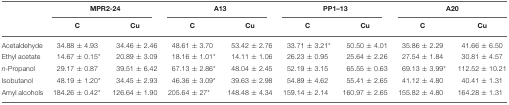
<table><thead><tr><td></td><td colspan="2"><b>MPR2-24</b></td><td colspan="2"><b>A13</b></td><td colspan="2"><b>PP1–13</b></td><td colspan="2"><b>A20</b></td></tr><tr><td></td><td><b>C</b></td><td><b>Cu</b></td><td><b>C</b></td><td><b>Cu</b></td><td><b>C</b></td><td><b>Cu</b></td><td><b>C</b></td><td><b>Cu</b></td></tr></thead><tbody><tr><td>Acetaldehyde</td><td>34.88 ± 4.93</td><td>34.46 ± 2.46</td><td>48.61 ± 3.70</td><td>53.42 ± 2.76</td><td>33.71 ± 3.21<sup>*</sup></td><td>50.50 ± 4.01</td><td>35.86 ± 2.29</td><td>41.66 ± 6.50</td></tr><tr><td>Ethyl acetate</td><td>14.67 ± 0.15<sup>*</sup></td><td>20.89 ± 3.09</td><td>18.16 ± 1.01<sup>*</sup></td><td>14.11 ± 1.06</td><td>26.23 ± 0.95</td><td>25.64 ± 2.26</td><td>27.54 ± 1.84</td><td>30.81 ± 4.57</td></tr><tr><td><i>n</i>-Propanol</td><td>29.17 ± 0.87</td><td>39.51 ± 6.42</td><td>67.13 ± 2.86<sup>*</sup></td><td>48.04 ± 2.45</td><td>52.19 ± 3.15</td><td>65.55 ± 0.63</td><td>69.13 ± 3.99<sup>*</sup></td><td>112.52 ± 10.21</td></tr><tr><td>Isobutanol</td><td>48.19 ± 1.20<sup>*</sup></td><td>34.45 ± 2.93</td><td>46.36 ± 3.09<sup>*</sup></td><td>39.63 ± 2.98</td><td>54.89 ± 4.62</td><td>55.41 ± 2.65</td><td>41.12 ± 4.80</td><td>40.41 ± 1.31</td></tr><tr><td>Amyl alcohols</td><td>184.26 ± 0.42<sup>*</sup></td><td>126.64 ± 1.90</td><td>205.64 ± 27<sup>*</sup></td><td>148.48 ± 4.34</td><td>159.14 ± 2.14</td><td>160.97 ± 2.65</td><td>155.82 ± 4.80</td><td>164.28 ± 1.31</td></tr></tbody></table>